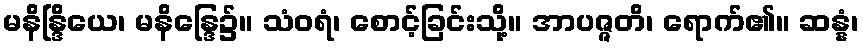
မနိန္ဒြိယေ၊ မနိန္ဒြေ၌။ သံဝရံ၊ စောင့်ခြင်းသို့။ အာပဇ္ဇတိ၊ ရောက်၏။ ဆန္နံ၊